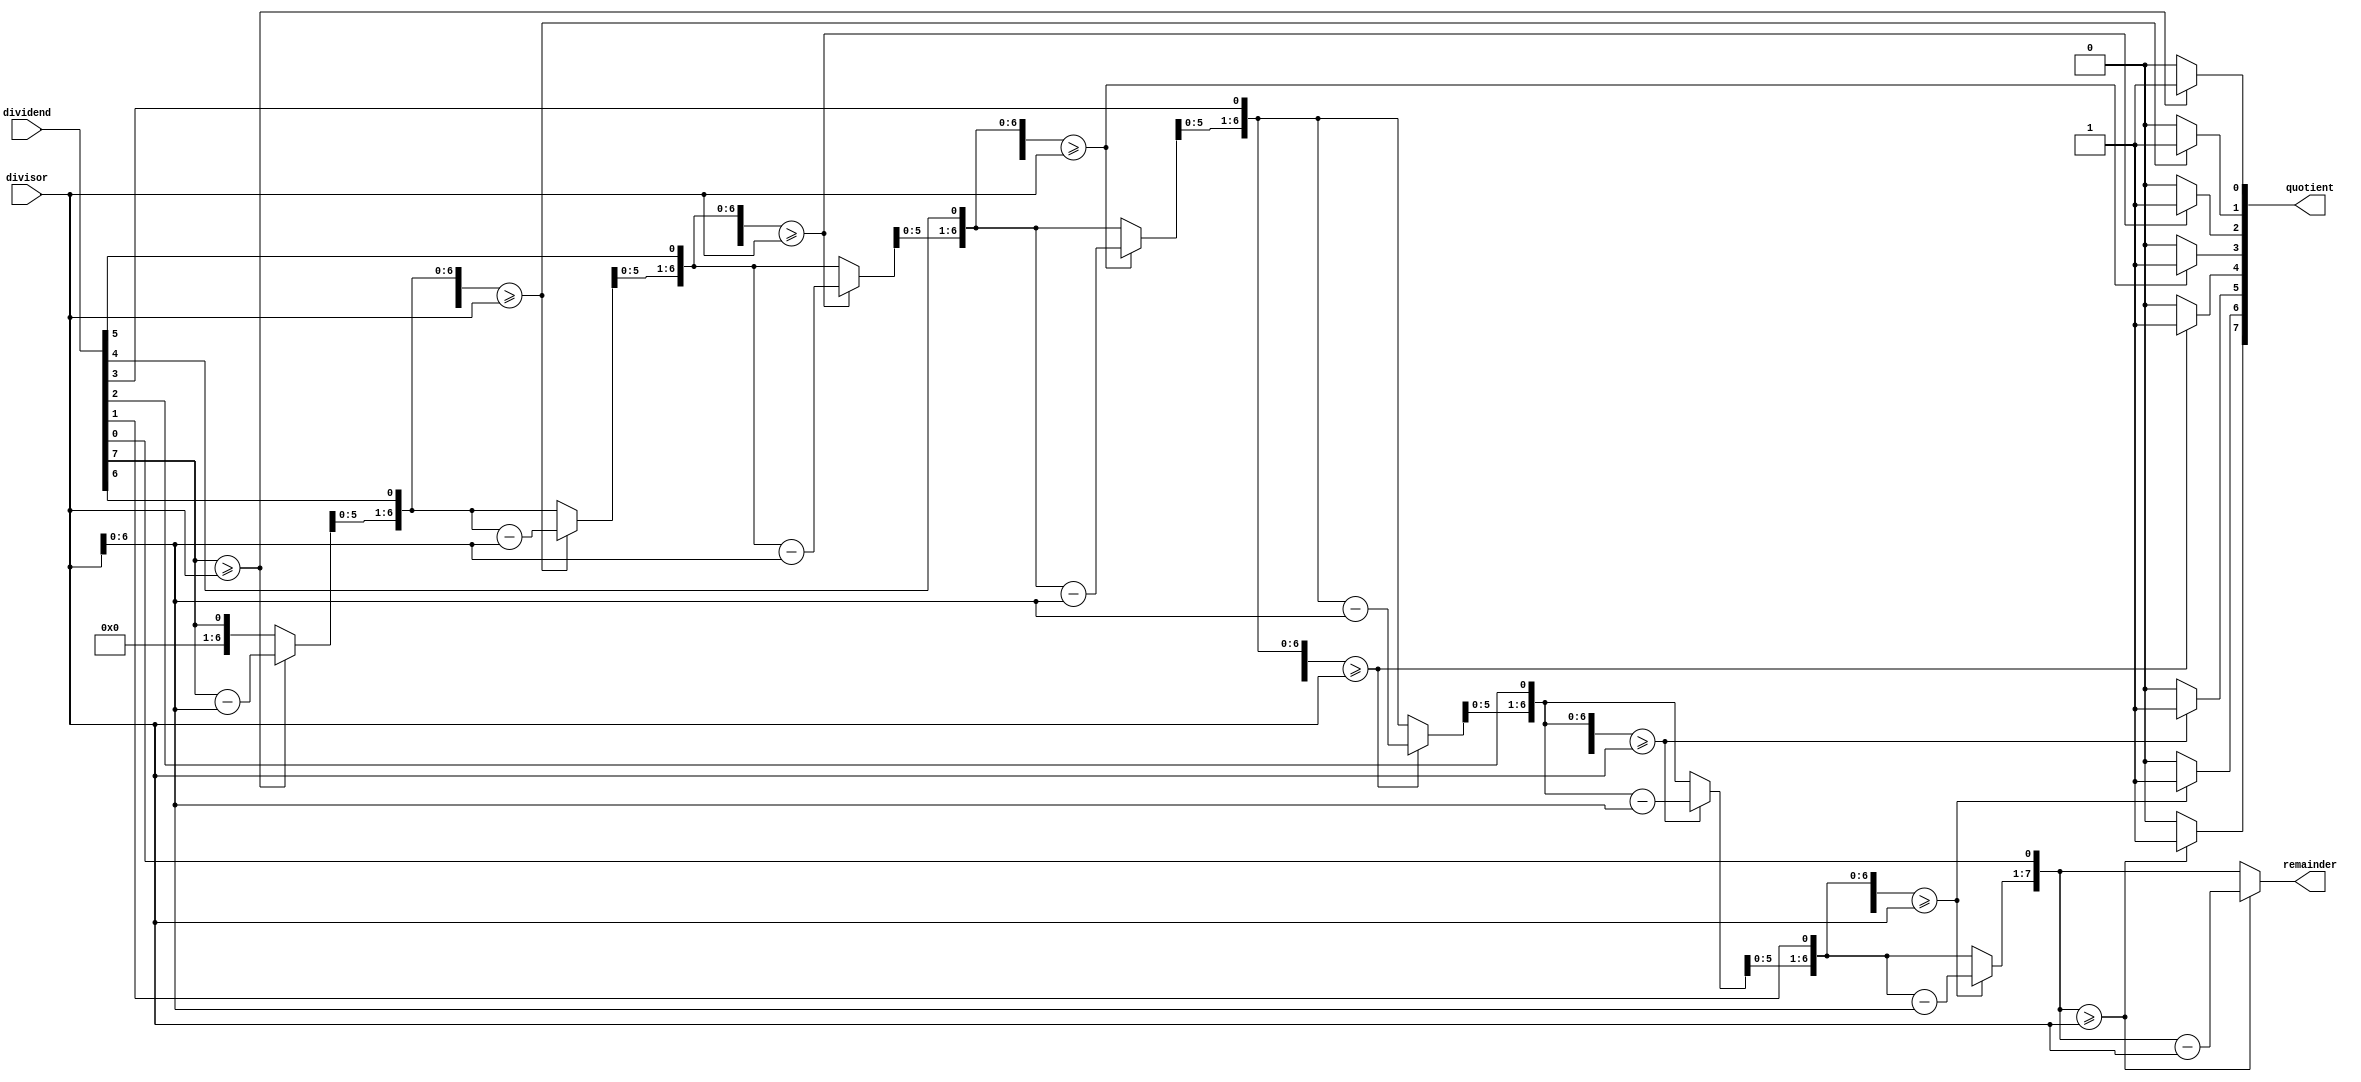
module Binary_Divider (
    input [7:0] dividend,
    input [7:0] divisor,
    output reg [7:0] quotient,
    output reg [7:0] remainder
);

reg [7:0] current_dividend;
reg [7:0] current_remainder;
reg [7:0] temp_result;
reg [3:0] count;

always @(*) begin
    current_dividend = dividend;
    current_remainder = 0;
    quotient = 0;
    
    for (count = 0; count < 8; count = count + 1) begin
        temp_result = current_remainder << 1;
        temp_result[0] = current_dividend[7];
        current_dividend = current_dividend << 1;
        
        if (temp_result >= divisor) begin
            temp_result = temp_result - divisor;
            quotient[count] = 1;
        end else begin
            quotient[count] = 0;
        end
        
        current_remainder = temp_result;
    end
    
    remainder = current_remainder;
end

endmodule